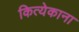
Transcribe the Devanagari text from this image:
कित्येकाना